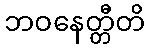
ဘဝနေတ္တီတိ